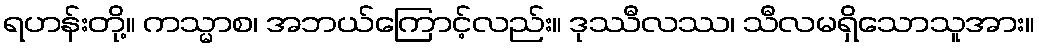
ရဟန်းတို့။ ကသ္မာစ၊ အဘယ်ကြောင့်လည်း။ ဒုဿီလဿ၊ သီလမရှိသောသူအား။